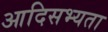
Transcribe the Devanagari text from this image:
आदिसभ्‍यता